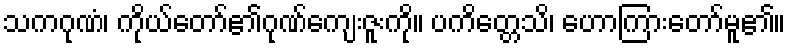
သကဂုဏံ၊ ကိုယ်တော်၏ဂုဏ်ကျေးဇူးကို။ ပကိတ္တေသိ၊ ဟောကြားတော်မူ၏။